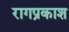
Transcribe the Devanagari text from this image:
रागप्रकाश